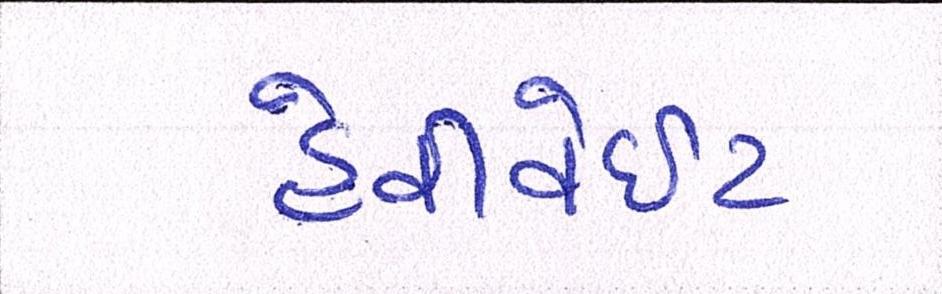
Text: હેવીવેઇટ